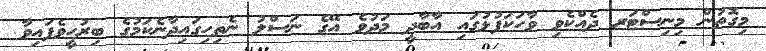
މިގޮތުން މިނިސްޓަރ ދެއްކެވި ވާހަކަފުޅުގައި އާބާދީ މަދުވެ އޭގެ ނަސްލު ނެތިހިގައިދާނެކަމުގެ ބިރުހީވެފައިވާ